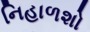
નિહાળશો